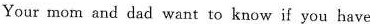
Your mom and dad want to know if you have